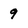
Character: 9